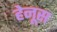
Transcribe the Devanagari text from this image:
हेनूस